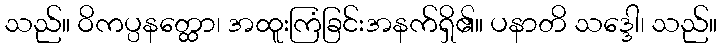
သည်။ ဝိကပ္ပနတ္ထော၊ အထူးကြံခြင်းအနက်ရှိ၏။ ပနာတိ သဒ္ဒေါ၊ သည်။